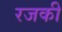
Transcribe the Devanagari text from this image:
रजकी